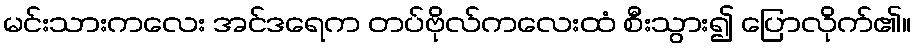
မင်းသားကလေး အင်ဒရေက တပ်ဗိုလ်ကလေးထံ စီးသွား၍ ပြောလိုက်၏။